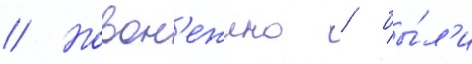
// Новон'ежино / бы́л'и